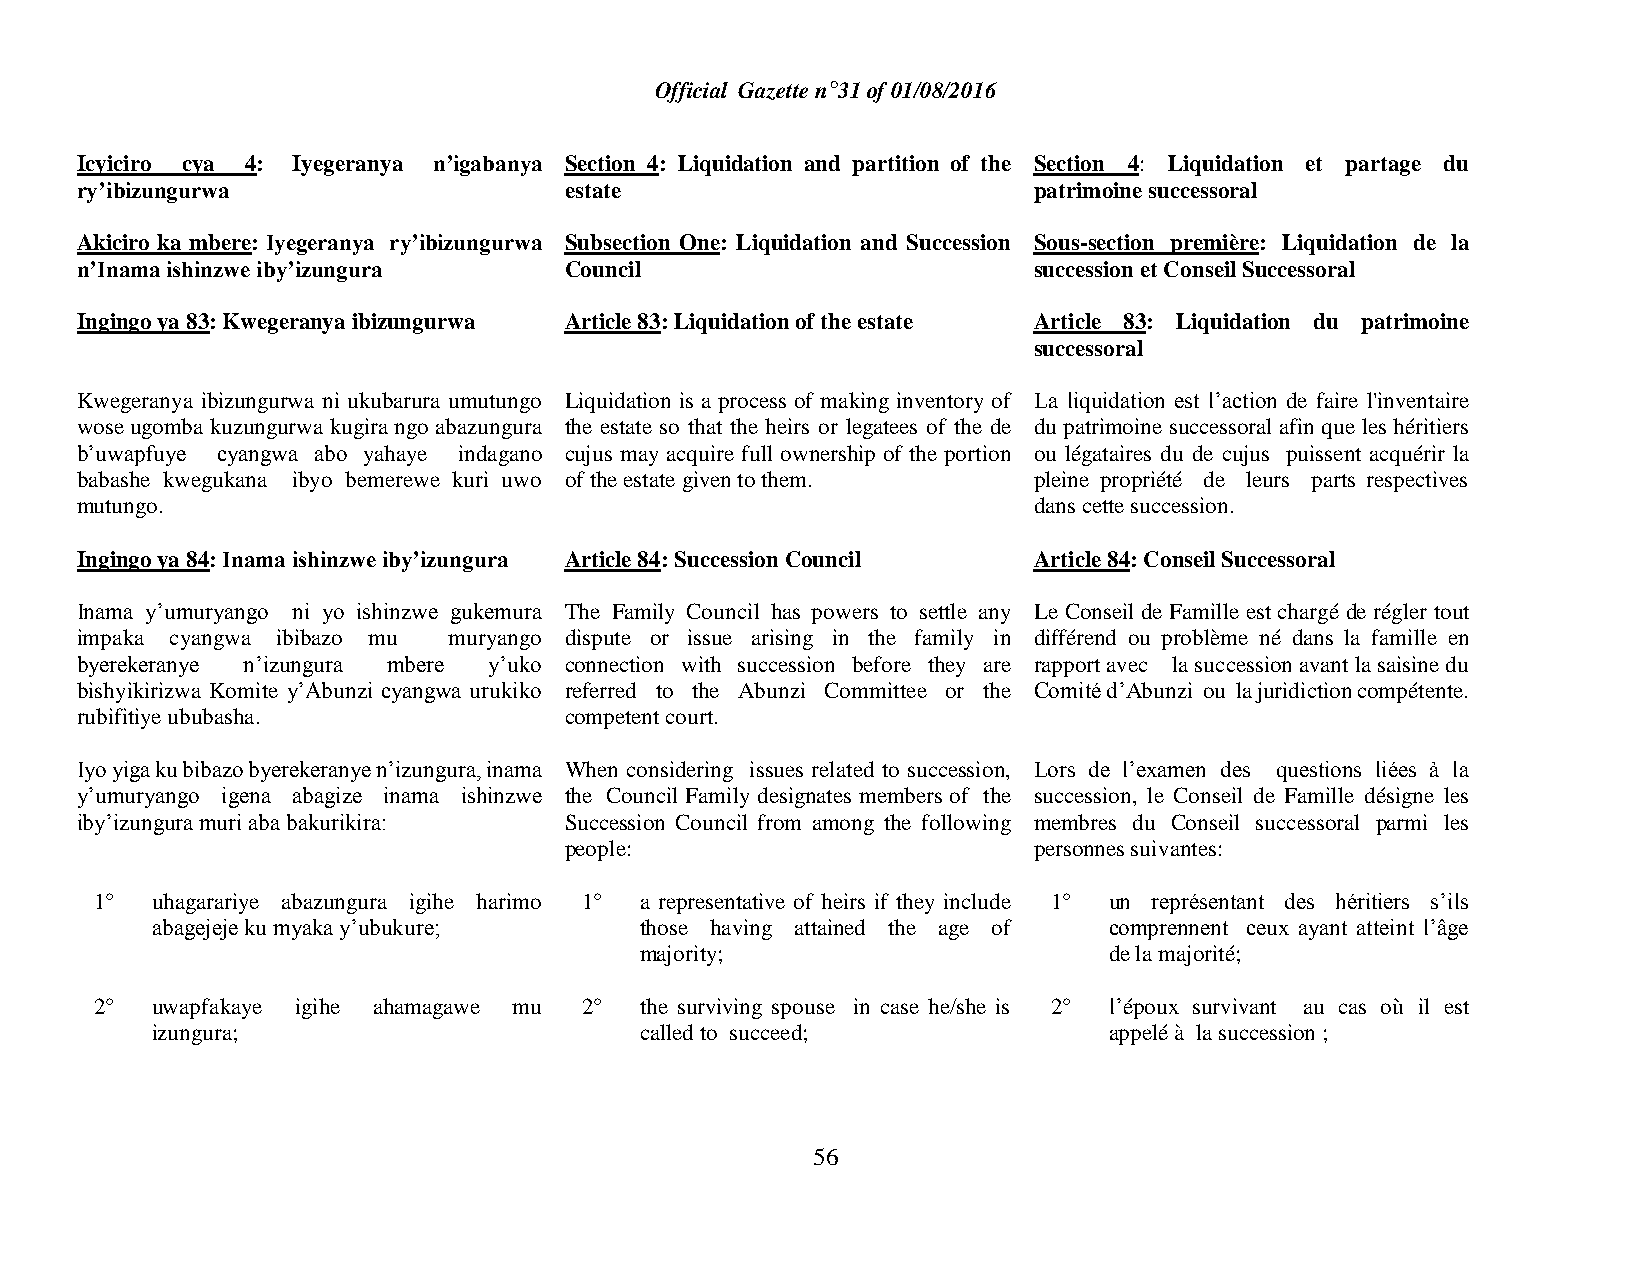
Official Gazette n°31 of 01/08/2016
 Icyiciro cya 4: Iyegeranya n’igabanya Section 4: Liquidation and partition of the Section 4: Liquidation et partage du
 ry’ibizungurwa                  estate                         patrimoine successoral
 Akiciro ka mbere: Iyegeranya ry’ibizungurwa Subsection One: Liquidation and Succession Sous-section première: Liquidation de la
 n’Inama ishinzwe iby’izungura   Council                        succession et Conseil Successoral
 Ingingo ya 83: Kwegeranya ibizungurwa Article 83: Liquidation of the estate Article 83: Liquidation du patrimoine
 successoral
 Kwegeranya ibizungurwa ni ukubarura umutungo Liquidation is a process of making inventory of La liquidation est l’action de faire l'inventaire
 wose ugomba kuzungurwa kugira ngo abazungura the estate so that the heirs or legatees of the de du patrimoine successoral afin que les héritiers
 b’uwapfuye cyangwa abo yahaye indagano cujus may acquire full ownership of the portion ou légataires du de cujus puissent acquérir la
 babashe kwegukana ibyo bemerewe kuri uwo of the estate given to them. pleine propriété de leurs parts respectives
 mutungo.                                                       dans cette succession.
 Ingingo ya 84: Inama ishinzwe iby’izungura Article 84: Succession Council Article 84: Conseil Successoral
 Inama y’umuryango ni yo ishinzwe gukemura The Family Council has powers to settle any Le Conseil de Famille est chargé de régler tout
 impaka cyangwa ibibazo mu muryango dispute or issue arising in the family in différend ou problème né dans la famille en
 byerekeranye n’izungura mbere y’uko connection with succession before they are rapport avec la succession avant la saisine du
 bishyikirizwa Komite y’Abunzi cyangwa urukiko referred to the Abunzi Committee or the Comité d’Abunzi ou la juridiction compétente.
 rubifitiye ububasha.            competent court.
 Iyo yiga ku bibazo byerekeranye n’izungura, inama When considering issues related to succession, Lors de l’examen des questions liées à la
 y’umuryango igena abagize inama ishinzwe the Council Family designates members of the succession, le Conseil de Famille désigne les
 iby’izungura muri aba bakurikira: Succession Council from among the following membres du Conseil successoral parmi les
 people:                        personnes suivantes:
 1°  uhagarariye abazungura igihe harimo 1° a representative of heirs if they include 1° un représentant des héritiers s’ils
 abagejeje ku myaka y’ubukure;   those having attained the age of comprennent ceux ayant atteint l’âge
 majority;                      de la majorité;
 2°  uwapfakaye igihe ahamagawe mu 2° the surviving spouse in case he/she is 2° l’époux survivant au cas où il est
 izungura;                       called to succeed;             appelé à la succession ;
 56